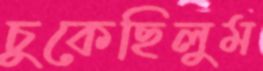
চুকেছিলুম